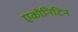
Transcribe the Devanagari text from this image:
एकोनिटिन